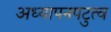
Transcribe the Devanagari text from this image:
अध्यापनपटुत्व